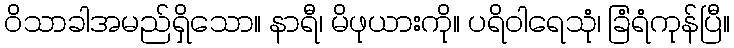
ဝိသာခါအမည်ရှိသော။ နာရီ၊ မိဖုယားကို။ ပရိဝါရေသုံ၊ ခြံရံကုန်ပြီ။